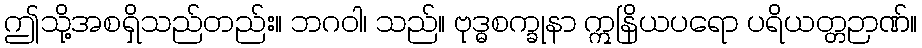
ဤသို့အစရှိသည်တည်း။ ဘဂဝါ၊ သည်။ ဗုဒ္ဓစက္ခုနာ ဣနြိယပရော ပရိယတ္တဉာဏ်။